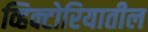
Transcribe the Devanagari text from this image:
व्हिक्टोरियातील